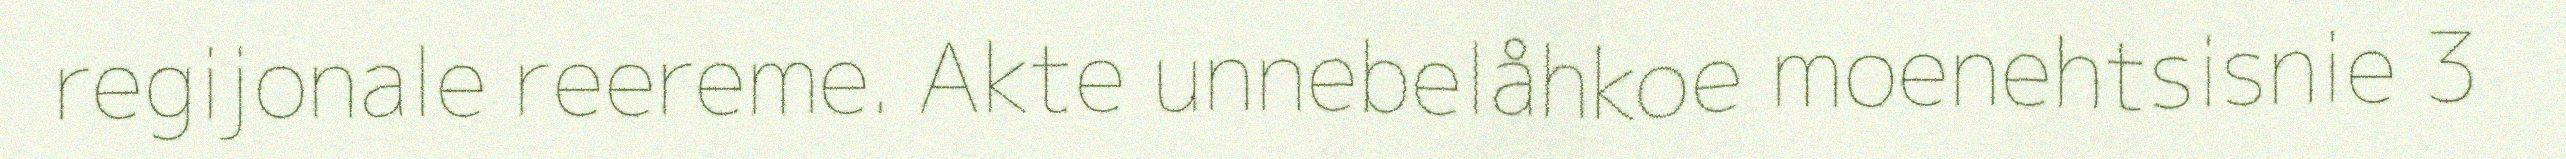
regijonale reereme. Akte unnebelåhkoe moenehtsisnie 3